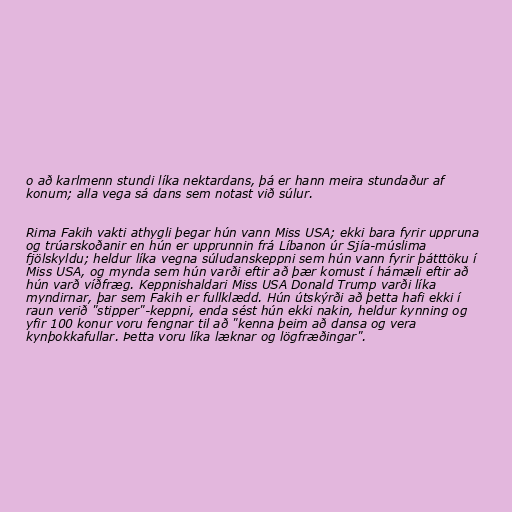
o að karlmenn stundi líka nektardans, þá er hann meira stundaður af
konum; alla vega sá dans sem notast við súlur.

Rima Fakih vakti athygli þegar hún vann Miss USA; ekki bara fyrir uppruna
og trúarskoðanir en hún er upprunnin frá Líbanon úr Sjía-múslima
fjölskyldu; heldur líka vegna súludanskeppni sem hún vann fyrir þátttöku í
Miss USA, og mynda sem hún varði eftir að þær komust í hámæli eftir að
hún varð víðfræg. Keppnishaldari Miss USA Donald Trump varði líka
myndirnar, þar sem Fakih er fullklædd. Hún útskýrði að þetta hafi ekki í
raun verið "stipper"-keppni, enda sést hún ekki nakin, heldur kynning og
yfir 100 konur voru fengnar til að "kenna þeim að dansa og vera
kynþokkafullar. Þetta voru líka læknar og lögfræðingar".